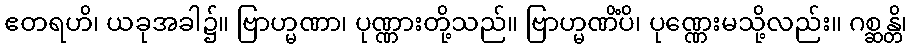
ဧတရဟိ၊ ယခုအခါ၌။ ဗြာဟ္မဏာ၊ ပုဏ္ဏားတို့သည်။ ဗြာဟ္မဏိံပိ၊ ပုဏ္ဏေးမသို့လည်း။ ဂစ္ဆန္တိ၊